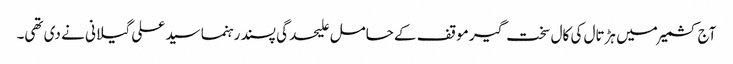
آج کشمیر میں ہڑتال کی کال سخت گیر موقف کے حامل علیحدگی پسند رہنما سید علی گیلانی نے دی تھی۔